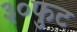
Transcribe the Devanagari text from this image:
३०फुट